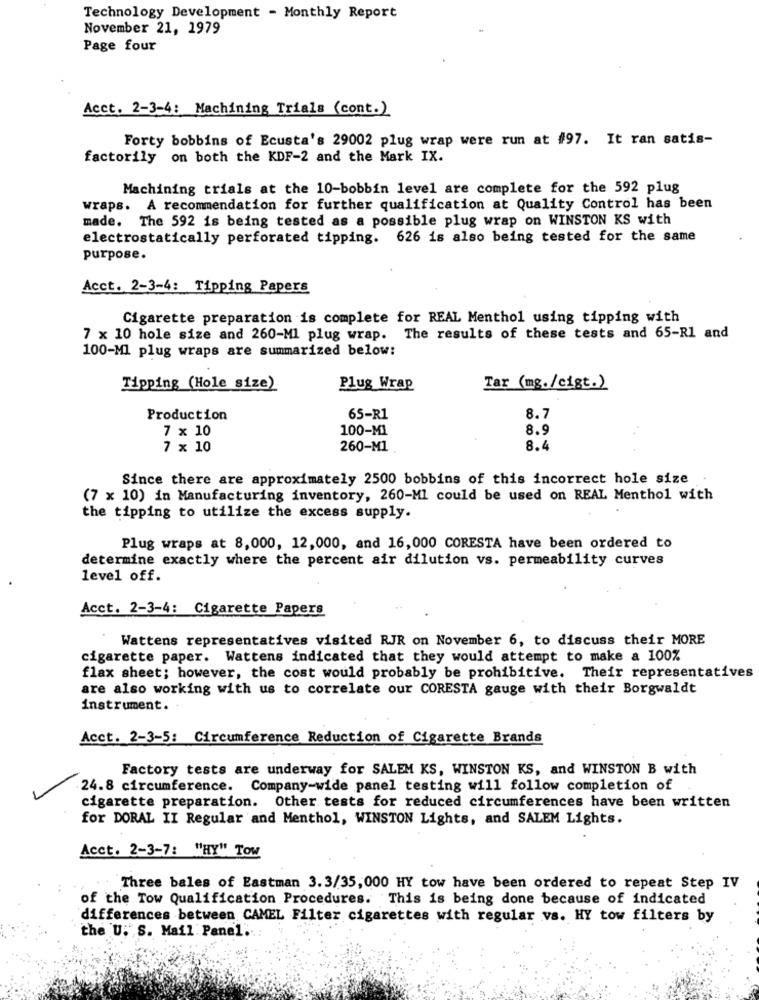
Technology Development - Monthly Report
November 21, 1979
Page four
Acct. 2-3-4: Machining Trials (cont.)
Forty bobbins of Ecusta's 29002 plug wrap were run at #97. It ran satis-
factorily on both the KDF-2 and the Mark IX.
Machining trials at the 10-bobbin level are complete for the 592 plug
wraps. A recommendation for further qualification at Quality Control has been
made. The 592 is being tested as a possible plug wrap on WINSTON KS with
electrostatically perforated tipping. 626 is also being tested for the same
purpose.
Acct. 2-3-4: Tipping Papers
Cigarette preparation is complete for REAL Menthol using tipping with
7 x 10 hole size and 260-Ml plug wrap. The results of these tests and 65-R1 and
100-Ml plug wraps are summarized below:
Tipping (Hole size)
Plug Wrap
Tar (mg./cigt.)
Production
65-R1
8.7
7 x 10
100-M1
8.9
7 x 10
260-M1
8.4
Since there are approximately 2500 bobbins of this incorrect hole size
(7 x 10) in Manufacturing inventory, 260-M1 could be used on REAL Menthol with
the tipping to utilize the excess supply.
Plug wraps at 8,000, 12,000, and 16,000 CORESTA have been ordered to
determine exactly where the percent air dilution vs. permeability curves
level off.
Acct. 2-3-4: Cigarette Papers
Wattens representatives visited RJR on November 6, to discuss their MORE
cigarette paper. Wattens indicated that they would attempt to make a 100%
flax sheet; however, the cost would probably be prohibitive. Their representatives
are also working with us to correlate our CORESTA gauge with their Borgwaldt
instrument.
Acct. 2-3-5: Circumference Reduction of Cigarette Brands
Factory tests are underway for SALEM KS, WINSTON KS, and WINSTON B with
24.8 circumference. Company-wide panel testing will follow completion of
cigarette preparation. Other tests for reduced circumferences have been written
for DORAL II Regular and Menthol, WINSTON Lights, and SALEM Lights.
Acct. 2-3-7: "HY" Tow
Three bales of Eastman 3.3/35, 000 HY tow have been ordered to repeat Step IV
of the Tow Qualification Procedures. This is being done because of indicated
differences between CAMEL Filter cigarettes with regular vs. HY tow filters by
the U.' S. Mail Panel ...